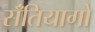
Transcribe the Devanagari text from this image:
सॅंतियागो